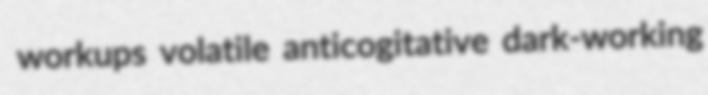
workups volatile anticogitative dark-working